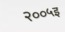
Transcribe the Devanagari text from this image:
२००५इ